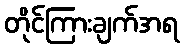
တိုင်ကြားချက်အရ